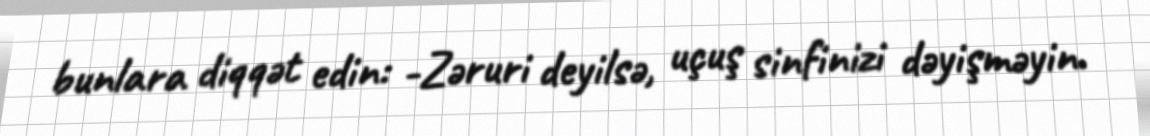
bunlara diqqət edin: -Zəruri deyilsə, uçuş sinfinizi dəyişməyin.